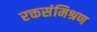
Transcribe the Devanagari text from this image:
रक्तसंमिश्रण